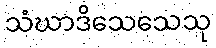
သံဃာဒိသေသေသု